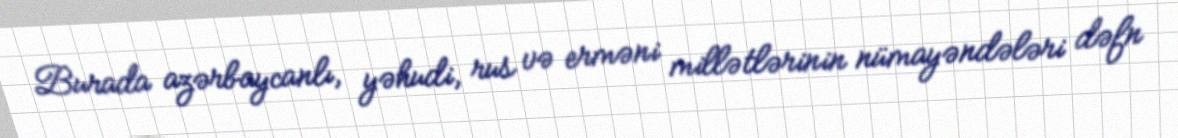
Burada azərbaycanlı, yəhudi, rus və erməni millətlərinin nümayəndələri dəfn